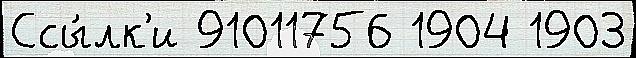
Ссы́лк'и 91011756 1904 1903